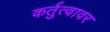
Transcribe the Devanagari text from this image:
कर्तुत्वावर